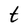
Character: t